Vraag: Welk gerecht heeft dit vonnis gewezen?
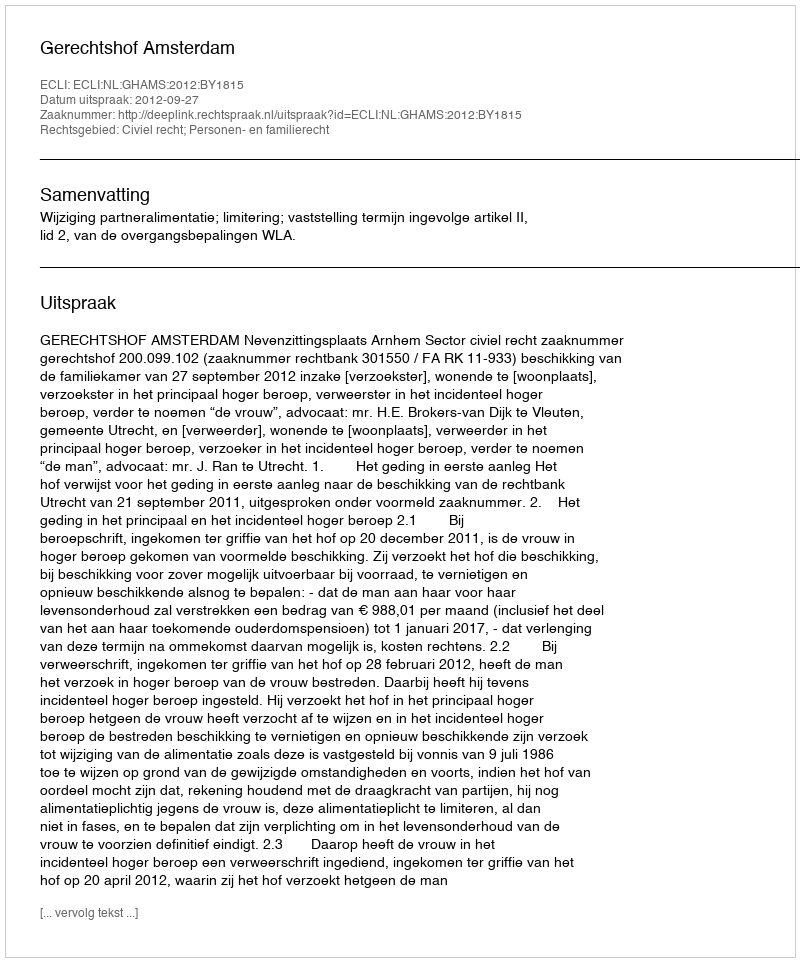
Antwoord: Gerechtshof Amsterdam